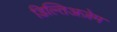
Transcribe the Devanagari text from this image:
डिल्तिअज़ेम